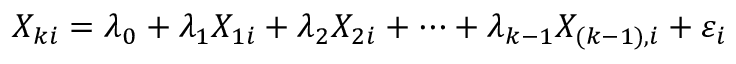
X _ { k i } = \lambda _ { 0 } + \lambda _ { 1 } X _ { 1 i } + \lambda _ { 2 } X _ { 2 i } + \dots + \lambda _ { k - 1 } X _ { ( k - 1 ) , i } + \varepsilon _ { i }